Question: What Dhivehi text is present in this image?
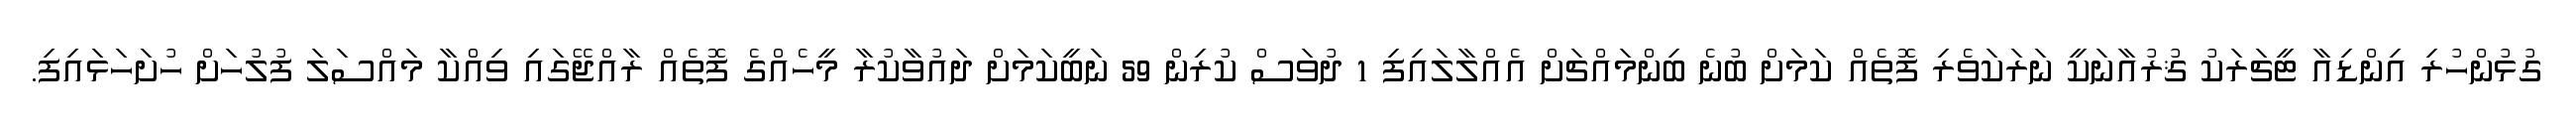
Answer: ގުޅުންހުރި އިންޑިއާ ޓީޗަރަކު ޤުރުއާނަކީ ނަރަކަވެރި ފޮތެއް ކަމަށް ބުނެ ބިންމައްޗަށް އެއްލާލައިފި 1 ދުވަސް ކުރިން 59 ނަބީކަމަށް ދައުވާކުރާ މީހެއްގެ ފޮތެއް ރާއްޖޭގައި ވިއްކާ މައްސަލަ ފުލުހަށް ހުށަހަޅައިފި.